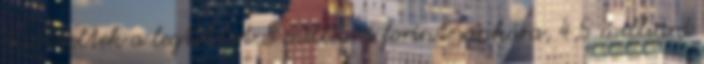
twitteltek a legtöbbet 8 milliárd forint sonkára, 4,5 milliárd